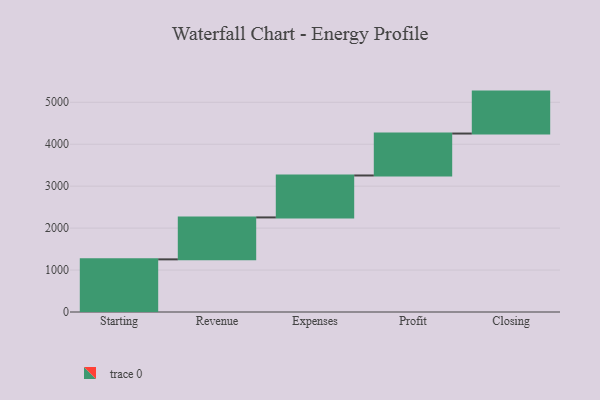
{"axis": {"x": "Step", "y": "Value"}, "legend": [""], "data": [{"x": "Starting", "y": 1255.0, "type": ""}, {"x": "Revenue", "y": 1000, "type": ""}, {"x": "Expenses", "y": 1000, "type": ""}, {"x": "Profit", "y": 1000, "type": ""}, {"x": "Closing", "y": 1000, "type": ""}]}